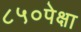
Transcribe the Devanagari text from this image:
८५०पेक्षा